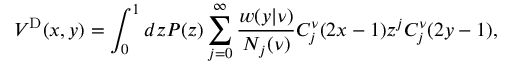
V ^ { \mathrm { D } } ( x , y ) = \int _ { 0 } ^ { 1 } d z P ( z ) \sum _ { j = 0 } ^ { \infty } \frac { w ( y | \nu ) } { N _ { j } ( \nu ) } C _ { j } ^ { \nu } ( 2 x - 1 ) z ^ { j } C _ { j } ^ { \nu } ( 2 y - 1 ) ,